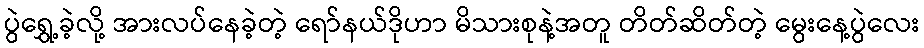
ပွဲရွှေ့ခဲ့လို့ အားလပ်နေခဲ့တဲ့ ရော်နယ်ဒိုဟာ မိသားစုနဲ့အတူ တိတ်ဆိတ်တဲ့ မွေးနေ့ပွဲလေး